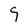
Character: 9